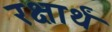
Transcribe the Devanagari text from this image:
रक्षार्थं